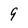
Character: 9